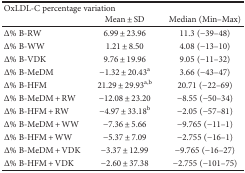
<table><thead><tr><td colspan="3"><b>OxLDL-C percentage variation</b></td></tr><tr><td></td><td><b>Mean ± SD</b></td><td><b>Median (Min–Max)</b></td></tr></thead><tbody><tr><td>Δ% B-RW</td><td>6.99 ± 23.96</td><td>11.3 (−39–48)</td></tr><tr><td>Δ% B-WW</td><td>1.21 ± 8.50</td><td>4.08 (−13–10)</td></tr><tr><td>Δ% B-VDK</td><td>9.76 ± 19.96</td><td>9.05 (−11–32)</td></tr><tr><td>Δ% B-MeDM</td><td>−1.32 ± 20.43<sup>a</sup></td><td>3.66 (−43–47)</td></tr><tr><td>Δ% B-HFM</td><td>21.29 ± 29.93<sup>a,b</sup></td><td>20.71 (−22–69)</td></tr><tr><td>Δ% B-MeDM + RW</td><td>−12.08 ± 23.20</td><td>−8.55 (−50–34)</td></tr><tr><td>Δ% B-HFM + RW</td><td>−4.97 ± 33.18<sup>b</sup></td><td>−2.05 (−57–81)</td></tr><tr><td>Δ% B-MeDM + WW</td><td>−7.36 ± 5.66</td><td>−9.765 (−11–1)</td></tr><tr><td>Δ% B-HFM + WW</td><td>−5.37 ± 7.09</td><td>−2.755 (−16–1)</td></tr><tr><td>Δ% B-MeDM + VDK</td><td>−3.37 ± 12.99</td><td>−9.765 (−16–27)</td></tr><tr><td>Δ% B-HFM + VDK</td><td>−2.60 ± 37.38</td><td>−2.755 (−101–75)</td></tr></tbody></table>